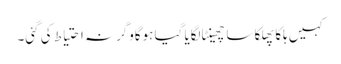
کہیں ہلکا پھلکا سا چھینٹا لگایا گیا ہوگاوگرنہ احتیاط کی گئی۔